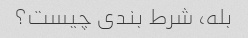
بله، شرط بندی چیست؟